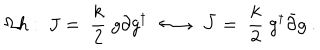
\Omega h : \ J = \; \frac { k } { 2 } \; g \partial g ^ { \dagger } \; \; { \longleftrightarrow } \; \; { \bar { J } } = \; \frac { k } { 2 } \; g ^ { \dagger } { \bar { \partial } } g \ .